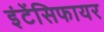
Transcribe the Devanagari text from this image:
इंटेंसिफायर